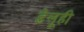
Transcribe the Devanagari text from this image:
डेलूही